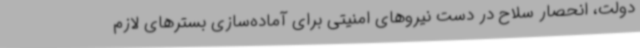
دولت، انحصار سلاح در دست نیروهای امنیتی برای آماده‌سازی بسترهای لازم